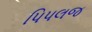
પિપલજ